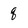
Character: q